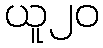
ယူ၂၀